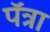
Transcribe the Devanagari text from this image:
पॅत्रा